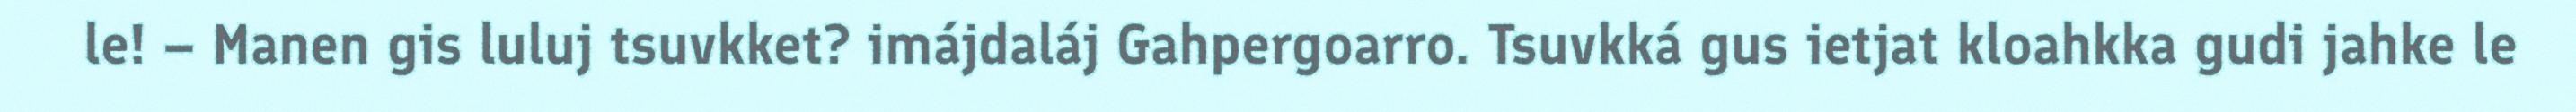
le! – Manen gis luluj tsuvkket? imájdaláj Gahpergoarro. Tsuvkká gus ietjat kloahkka gudi jahke le